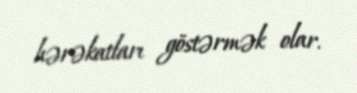
hərəkatları göstərmək olar.